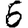
Digit: 6